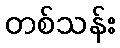
တစ်သန်း